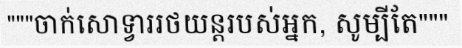
"""ចាក់សោទ្វាររថយន្តរបស់អ្នក, សូម្បីតែ"""